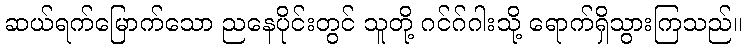
ဆယ်ရက်မြောက်သော ညနေပိုင်းတွင် သူတို့ ဂင်ဂ်ဂါးသို့ ရောက်ရှိသွားကြသည်။